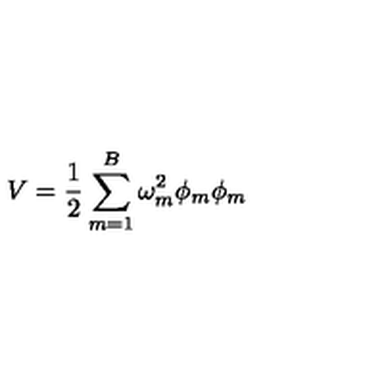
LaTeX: V = \frac { 1 } { 2 } \sum _ { m = 1 } ^ { B } \omega _ { m } ^ { 2 } \phi _ { m } \phi _ { m }